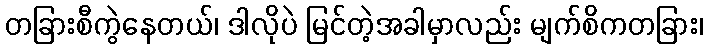
တခြားစီကွဲနေတယ်၊ ဒါလိုပဲ မြင်တဲ့အခါမှာလည်း မျက်စိကတခြား၊